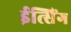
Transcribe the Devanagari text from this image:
ईत्सिंग